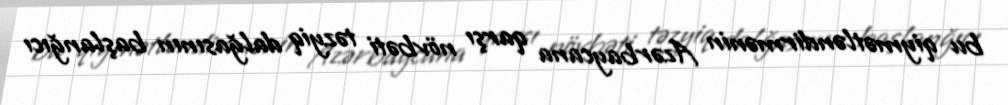
bu qiymətləndirmənin Azərbaycana qarşı növbəti təzyiq dalğasının başlanğıcı